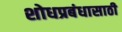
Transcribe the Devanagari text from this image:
शोधप्रबंधासाठी